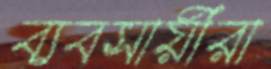
ব্যবসায়ীরা